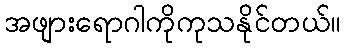
အဖျားရောဂါကိုကုသနိုင်တယ်။